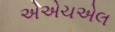
એએચએલ